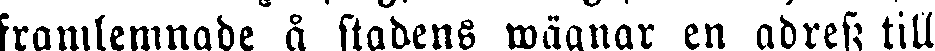
framlemnade å stadens wägnar en adress till